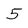
Character: 5